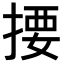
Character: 𢰳